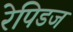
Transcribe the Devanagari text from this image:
रेपिडज